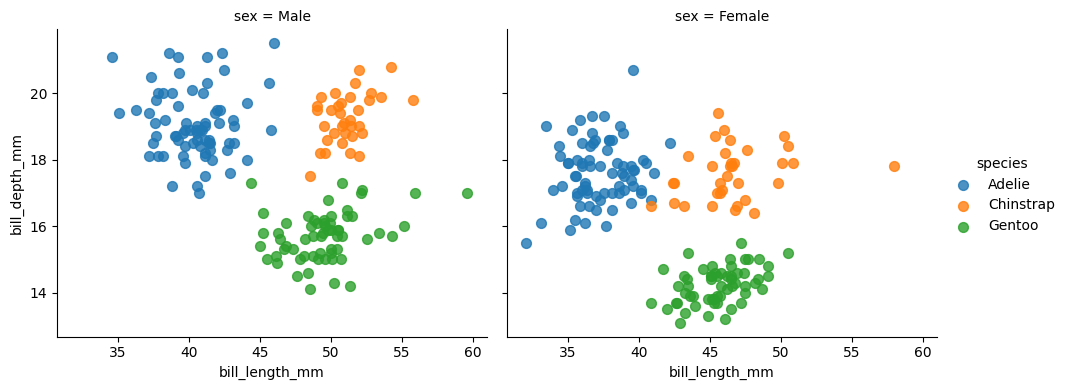
python, seaborn, lmplot, aspect=1.2, order=1, markers='o'